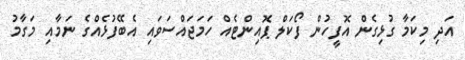
އަދި މިކަމާ ގުޅިގެން އޮފީހުންް ފޯކަލް ޕޮއިންޓެއް ހަމަޖައްސަވައި އެބޭފުޅެއްގެ ނަމާއި މަގާމު